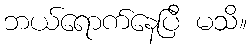
ဘယ်ရောက်နေပြီ မသိ။